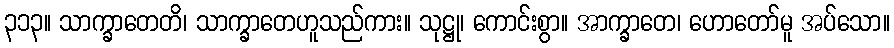
၃၁၃။ သာက္ခာတေတိ၊ သာက္ခာတေဟူသည်ကား။ သုဋ္ဌု၊ ကောင်းစွာ။ အာက္ခာတေ၊ ဟောတော်မူ အပ်သော။